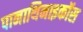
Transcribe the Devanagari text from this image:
पानाथिनाइकॉस